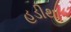
હડીથા